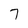
Character: 7